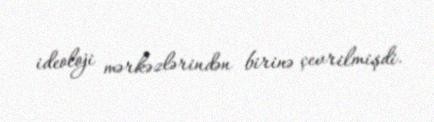
ideoloji mərkəzlərindən birinə çevrilmişdi.